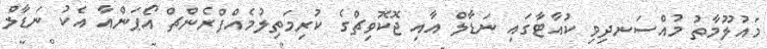
މައުލޫމާތު މުއްސަނދިވި ކުއާޓާގައި ނަޑާލް އާއި ޖޮކޮވިޗްގެ ކުރިމަތިލުމެއްފްރެންޗް އޯޕަންއާ އެކު ނަޑާލް